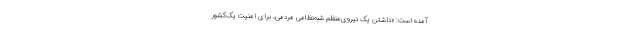
آمده است: «داشتن یک نیروی‌منظم شبه‌نظامی مردمی، برای امنیت یک‌کشور